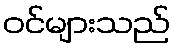
ဝင်များသည်